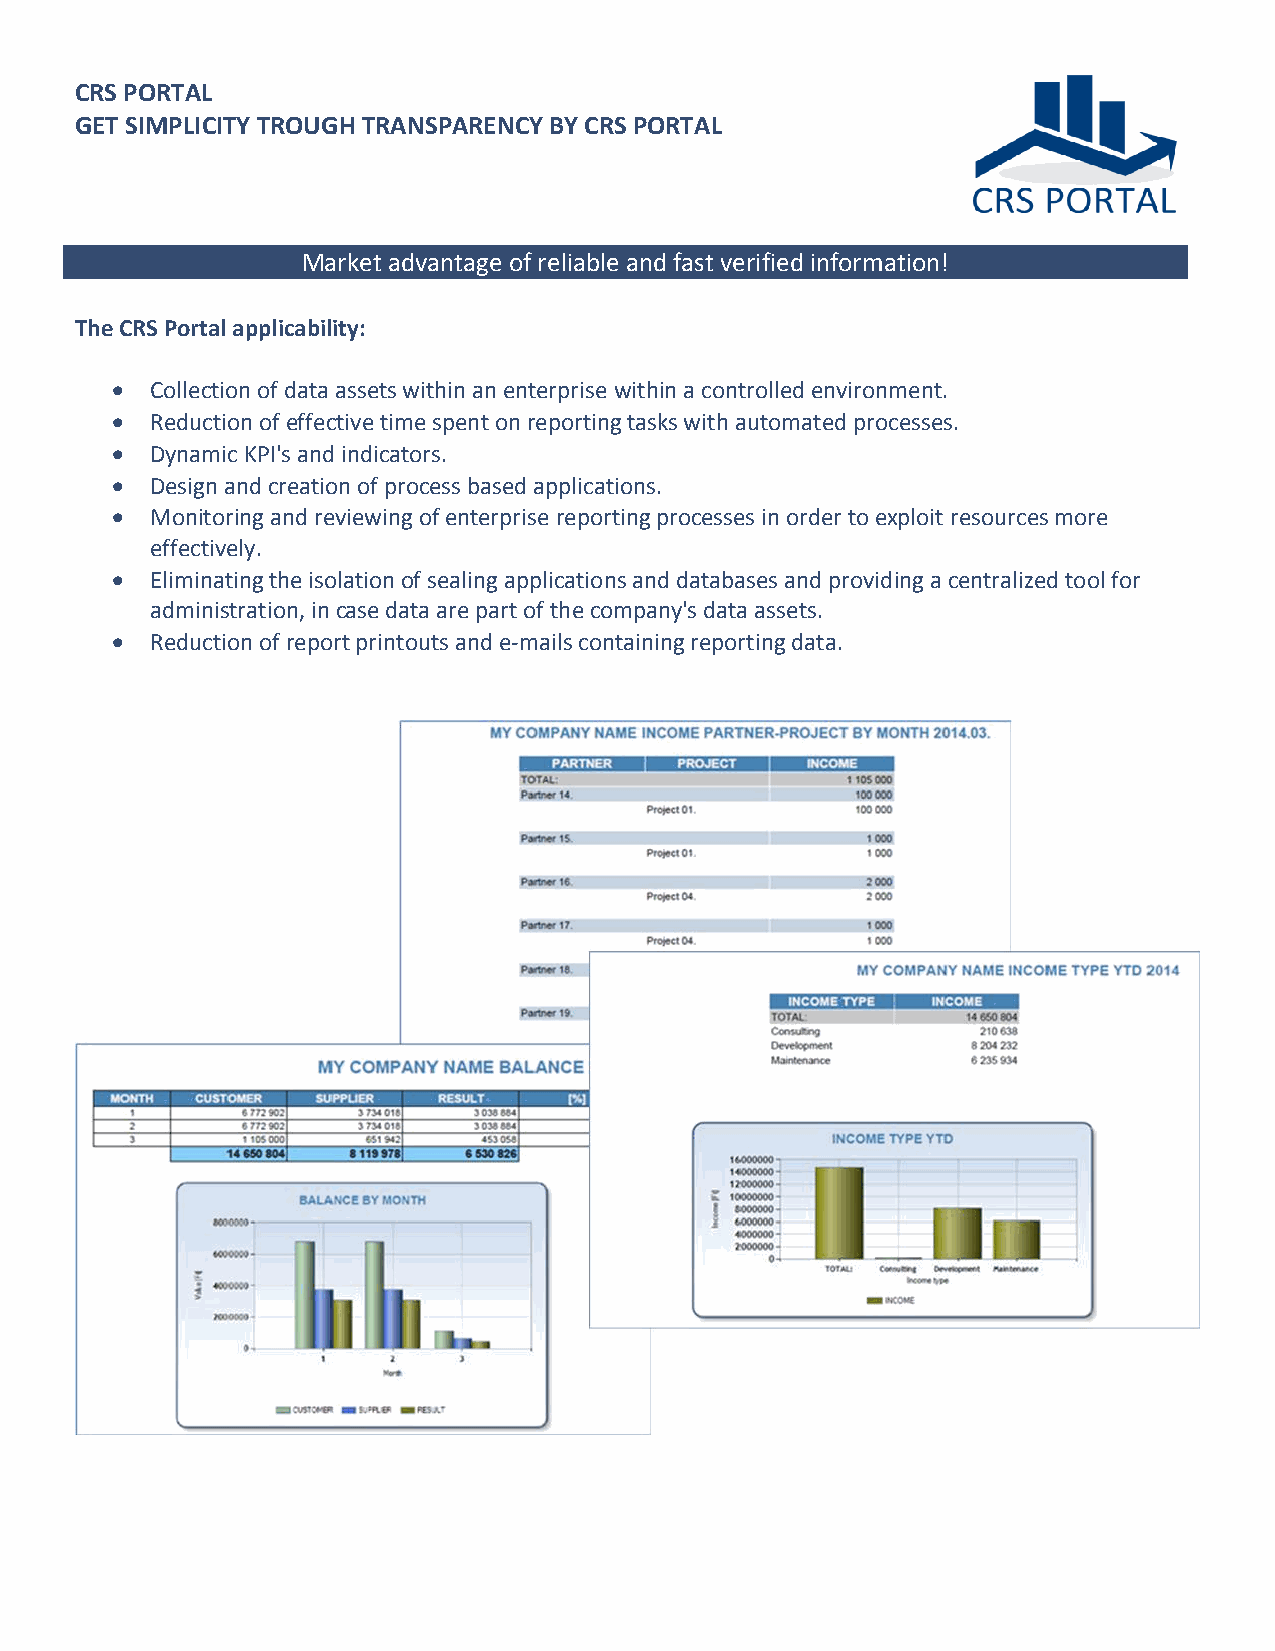
CRS PORTAL
 GET SIMPLICITY TROUGH TRANSPARENCY BY CRS PORTAL
 Market advantage of reliable and fast verified information!
 The CRS Portal applicability:
   Collection of data assets within an enterprise within a controlled environment.
   Reduction of effective time spent on reporting tasks with automated processes.
   Dynamic KPI's and indicators.
   Design and creation of process based applications.
   Monitoring and reviewing of enterprise reporting processes in order to exploit resources more
 effectively.
   Eliminating the isolation of sealing applications and databases and providing a centralized tool for
 administration, in case data are part of the company's data assets.
   Reduction of report printouts and e-mails containing reporting data.